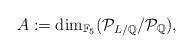
LaTeX: \begin{align*}A:=\dim_{\mathbb{F}_5}(\mathcal{P}_{L/\mathbb{Q}}/\mathcal{P}_{\mathbb{Q}}),\end{align*}